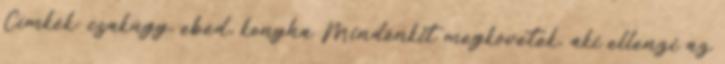
Címkék: csakúgy, ebéd, konyha Mindenkit megkövetek, aki ellenzi az